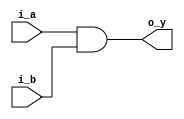
// 2-input AND Gate Module

module AND(
  input wire i_a,  // Input A
  input wire i_b,  // Input B
  output wire o_y  // Output Y
);

  // AND gate logic
  assign o_y  = i_a & i_b;

endmodule